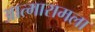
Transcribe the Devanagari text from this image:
आत्मारामला